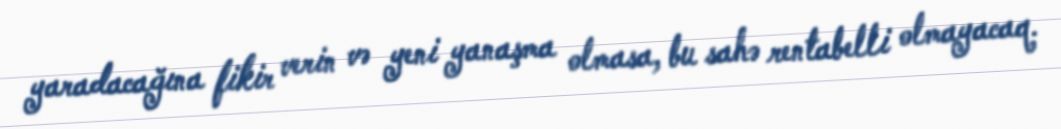
yaradacağına fikir verin və yeni yanaşma olmasa, bu sahə rentabelli olmayacaq.